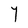
Character: Y